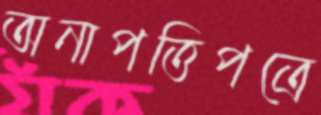
অনাপত্তিপত্রে